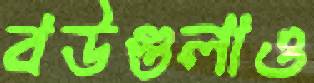
বউগুলাও